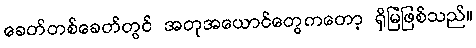
ခေတ်တစ်ခေတ်တွင် အတုအယောင်တွေကတော့ ရှိမြဲဖြစ်သည်။